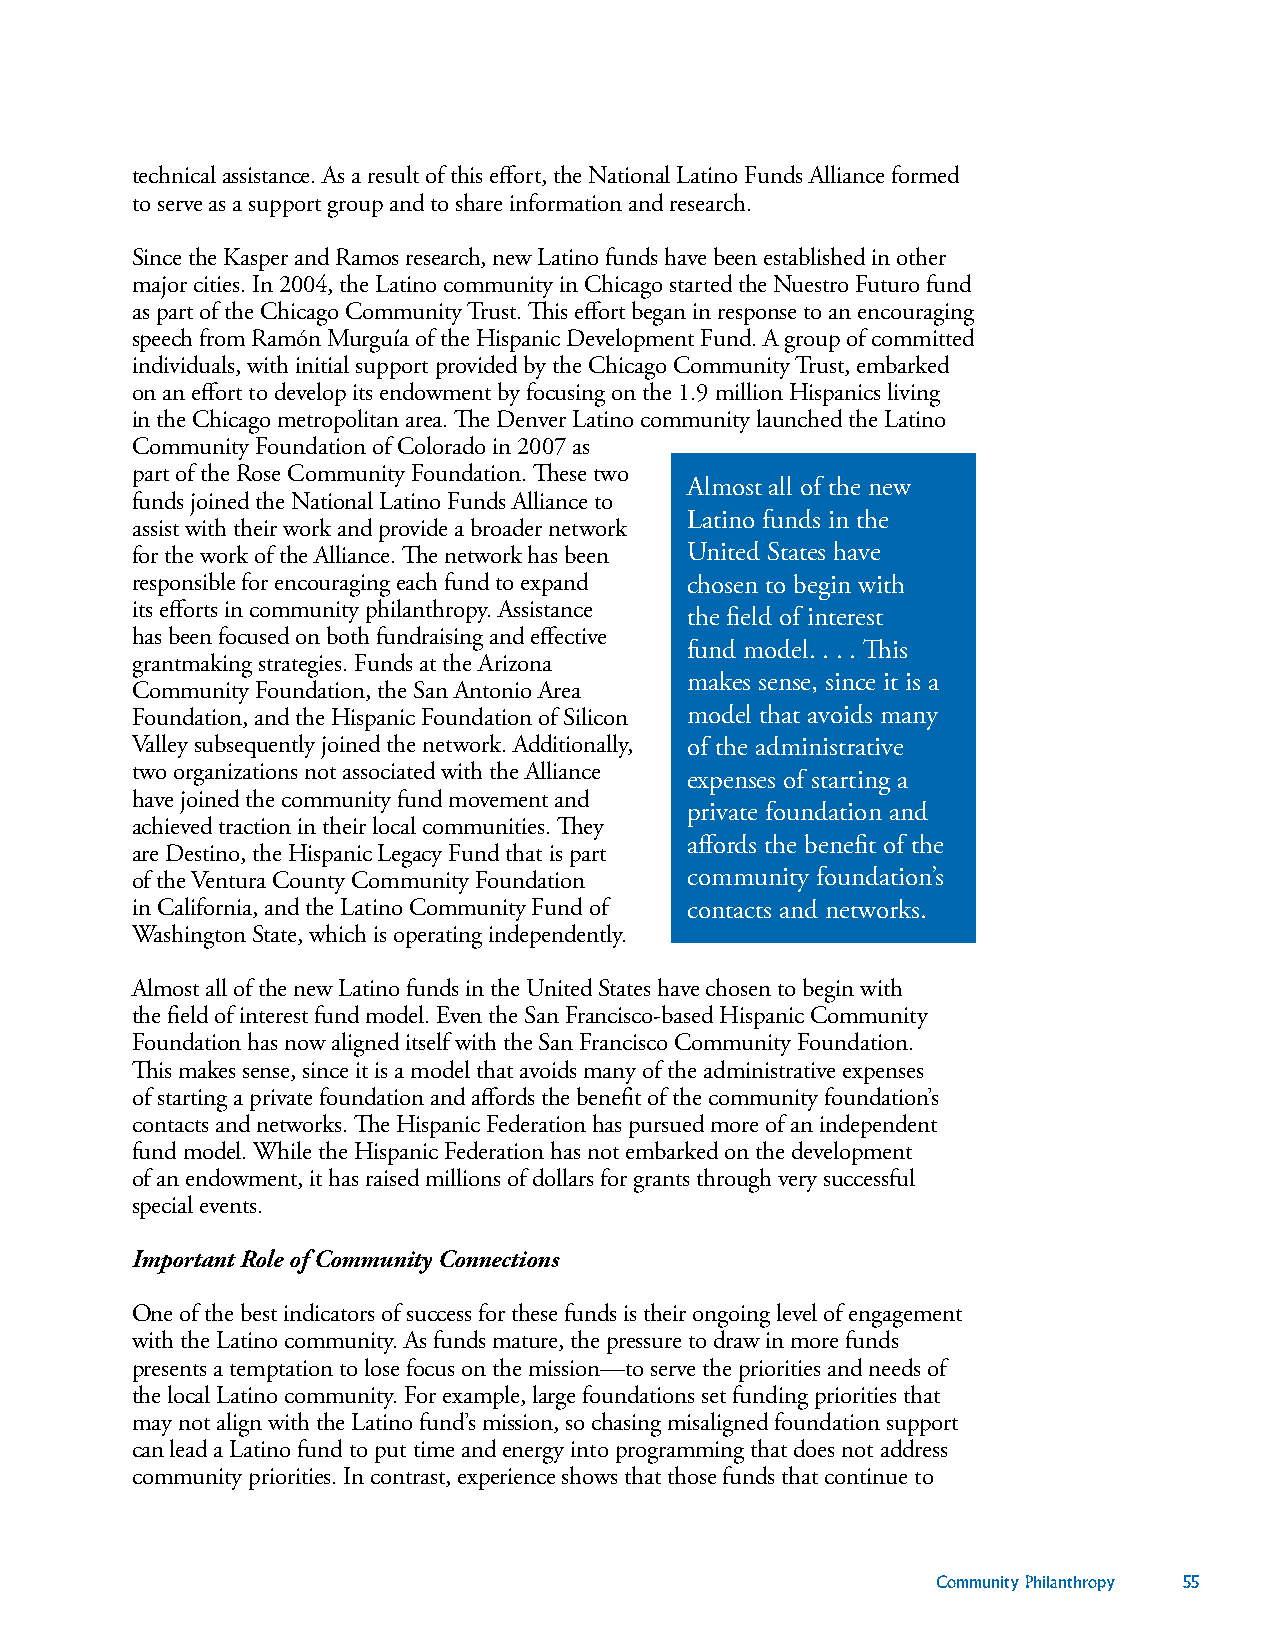
technical assistance. As a result of this effort, the National Latino Funds Alliance formed
 to serve as a support group and to share information and research.
 Since the Kasper and Ramos research, new Latino funds have been established in other
 major cities. In 2004, the Latino community in Chicago started the Nuestro Futuro fund
 as part of the Chicago Community Trust. This effort began in response to an encouraging
 speech from Ramón Murguía of the Hispanic Development Fund. A group of committed
 individuals, with initial support provided by the Chicago Community Trust, embarked
 on an effort to develop its endowment by focusing on the 1.9 million Hispanics living
 in the Chicago metropolitan area. The Denver Latino community launched the Latino
 Community Foundation of Colorado in 2007 as
 part of the Rose Community Foundation. These two
 Almost all of the new
 funds joined the National Latino Funds Alliance to
 Latino funds in the
 assist with their work and provide a broader network
 for the work of the Alliance. The network has been United States have
 responsible for encouraging each fund to expand chosen to begin with
 its efforts in community philanthropy. Assistance
 the field of interest
 has been focused on both fundraising and effective
 fund model. . . . This
 grantmaking strategies. Funds at the Arizona
 makes sense, since it is a
 Community Foundation, the San Antonio Area
 Foundation, and the Hispanic Foundation of Silicon model that avoids many
 Valley subsequently joined the network. Additionally, of the administrative
 two organizations not associated with the Alliance
 expenses of starting a
 have joined the community fund movement and
 private foundation and
 achieved traction in their local communities. They
 affords the benefit of the
 are Destino, the Hispanic Legacy Fund that is part
 of the Ventura County Community Foundation community foundation’s
 in California, and the Latino Community Fund of contacts and networks.
 Washington State, which is operating independently.
 Almost all of the new Latino funds in the United States have chosen to begin with
 the field of interest fund model. Even the San Francisco-based Hispanic Community
 Foundation has now aligned itself with the San Francisco Community Foundation.
 This makes sense, since it is a model that avoids many of the administrative expenses
 of starting a private foundation and affords the benefit of the community foundation’s
 contacts and networks. The Hispanic Federation has pursued more of an independent
 fund model. While the Hispanic Federation has not embarked on the development
 of an endowment, it has raised millions of dollars for grants through very successful
 special events.
 Important Role of Community Connections
 One of the best indicators of success for these funds is their ongoing level of engagement
 with the Latino community. As funds mature, the pressure to draw in more funds
 presents a temptation to lose focus on the mission—to serve the priorities and needs of
 the local Latino community. For example, large foundations set funding priorities that
 may not align with the Latino fund’s mission, so chasing misaligned foundation support
 can lead a Latino fund to put time and energy into programming that does not address
 community priorities. In contrast, experience shows that those funds that continue to
 Community Philanthropy 55